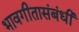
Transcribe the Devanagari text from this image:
भावगीतासंबंधी